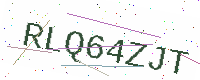
Text: RLQ64ZJT